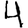
Digit: 4